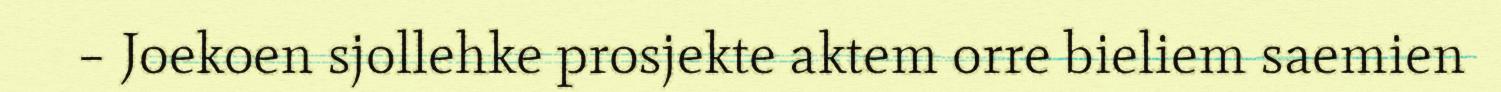
– Joekoen sjollehke prosjekte aktem orre bieliem saemien